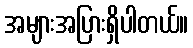
အများအပြားရှိပါတယ်။